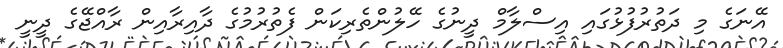
އޭނަގެ މި ދަތުރުފުޅުގައި އިސްލާމް ދީނުގެ ހޭލުންތެރިކަން ފެތުރުމުގެ ދާއިރާއިން ރާއްޖޭގެ ދީނީ